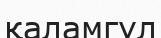
қаламгүл